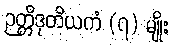
ဉတ္တိဒုတိယကံ (၇) မျိုး